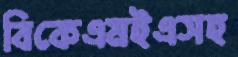
বিকেএমইএসহ